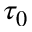
\tau _ { 0 }